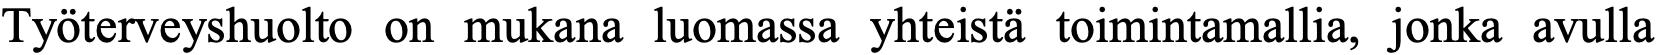
Työterveyshuolto on mukana luomassa yhteistä toimintamallia, jonka avulla